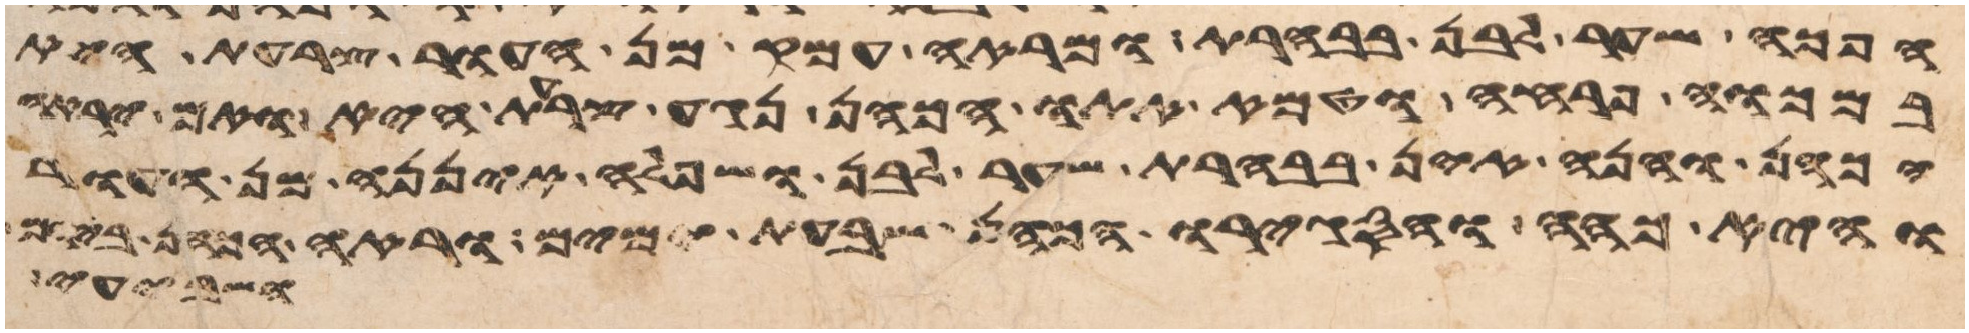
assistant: הפך שער לבן בבהרת ומראה עמק מן העור צרעת היא
במכוה פרחה וטמא אתו הכהן נגע צרעת היא ואם יראה
הכהן והנה אין בבהרת שער לבן ושפלה איננה מן העור
והיא כהה והסגירו הכהן שבעת ימים וראה הכהן ביום
ושבעים